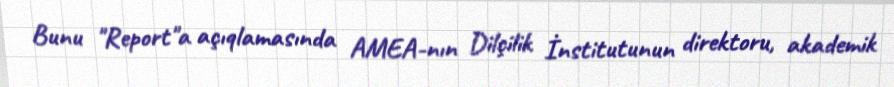
Bunu "Report"a açıqlamasında AMEA-nın Dilçilik İnstitutunun direktoru, akademik